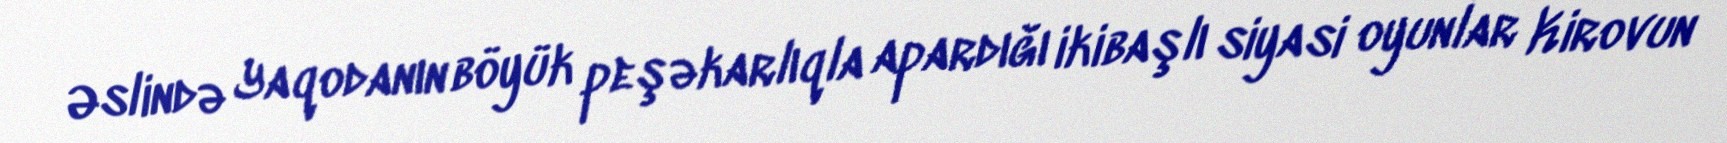
Əslində Yaqodanın böyük peşəkarlıqla apardığı ikibaşlı siyasi oyunlar Kirovun